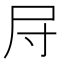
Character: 𱚱